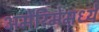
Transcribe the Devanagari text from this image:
अमेरिमेमध्ये